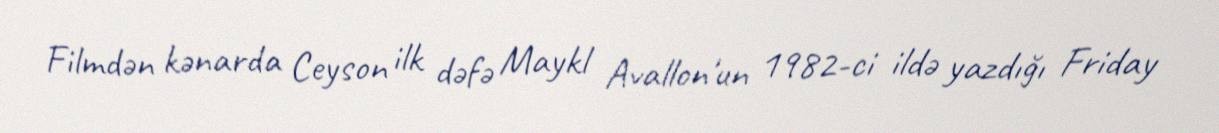
Filmdən kənarda Ceyson ilk dəfə Maykl Avallon'un 1982-ci ildə yazdığı Friday